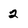
Character: 2